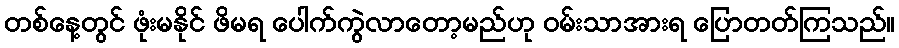
တစ်နေ့တွင် ဖုံးမနိုင် ဖိမရ ပေါက်ကွဲလာတော့မည်ဟု ဝမ်းသာအားရ ပြောတတ်ကြသည်။